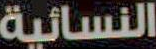
النسائية